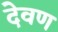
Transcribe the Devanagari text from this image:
देवण